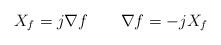
LaTeX: \begin{align*}X_{f}=j\nabla f \qquad\nabla f=-jX_{f}\end{align*}